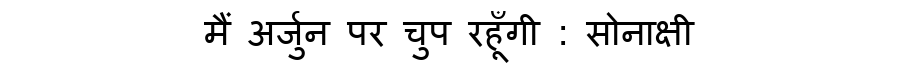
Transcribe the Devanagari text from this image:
मैं अर्जुन पर चुप रहूँगी : सोनाक्षी